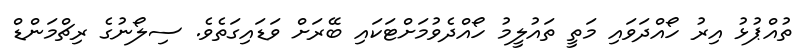
ތުއްޕުޅު އިރު ހޯއްދަވައި މަތީ ތައުލީމު ހޯއްދެވުމަށްޓަކައި ބޭރަށް ވަޑައިގަތެވެ. ސިލޯނުގެ ރިޗްމަންޑް